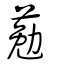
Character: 葂